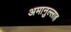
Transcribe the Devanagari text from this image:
अमानुल्लाह